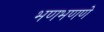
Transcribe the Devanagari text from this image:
भणभणणे